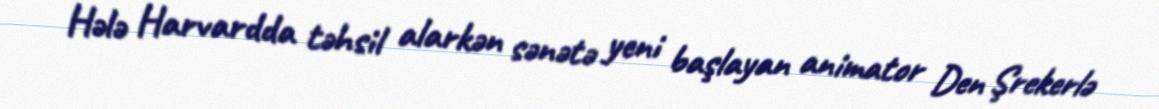
Hələ Harvardda təhsil alarkən sənətə yeni başlayan animator Den Şrekerlə